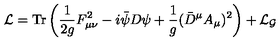
{ \cal L } = \mathrm { T r } \left( \frac { 1 } { 2 g } F _ { \mu \nu } ^ { 2 } - i { \bar { \psi } } D { \psi } + \frac { 1 } { g } ( { \bar { D } } ^ { \mu } A _ { \mu } ) ^ { 2 } \right) + { \cal L } _ { \cal G } \,